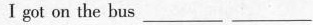
I got on the bus ___